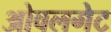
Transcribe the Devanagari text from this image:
ओवलगेट